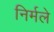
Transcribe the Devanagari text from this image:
निर्मले